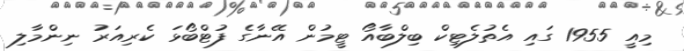
މިއީ 1955 ގައި އެތުލެޓިކް ބިލްބާއޯ ޓީމުން އޭނާގެ ފުޓްބޯޅަ ކެރިއަރު ނިންމާލި